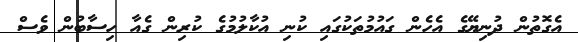
އެގޮތުން ދުނިޔޭގެ އެހެން ގައުމުތަކުގައި ކުނި އުކާލުމުގެ ކުރިން ގެއާ ހިސާބުން ވެސް